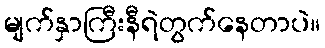
မျက်နှာကြီးနီရဲတွက်နေတာပဲ။